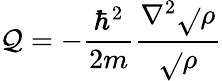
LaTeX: \mathcal{Q}=-{\frac{{\hbar^{2}}}{{2m}}}{\frac{{\nabla^{2}{\sqrt{}{{\rho}}}}}{{\sqrt{}{{\rho}}}}}